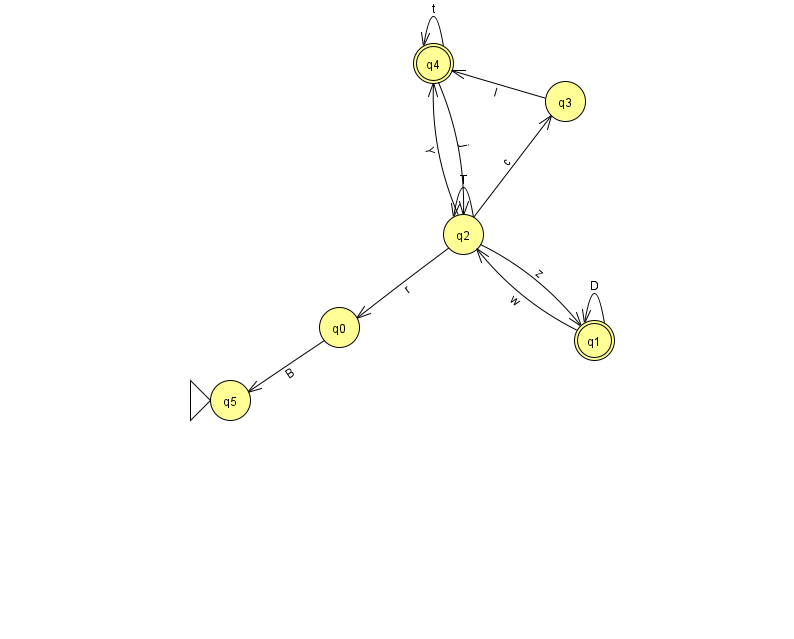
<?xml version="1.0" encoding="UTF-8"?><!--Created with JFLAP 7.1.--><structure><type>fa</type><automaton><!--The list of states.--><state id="0" name="q0"><x>339.0</x><y>314.0</y></state><state id="1" name="q1"><x>594.0</x><y>327.0</y><final/></state><state id="2" name="q2"><x>463.0</x><y>221.0</y></state><state id="3" name="q3"><x>565.0</x><y>88.0</y></state><state id="4" name="q4"><x>433.0</x><y>50.0</y><final/></state><state id="5" name="q5"><x>230.0</x><y>387.0</y><initial/></state><!--The list of transitions.--><transition><from>2</from><to>0</to><read>r</read></transition><transition><from>0</from><to>5</to><read>B</read></transition><transition><from>1</from><to>1</to><read>D</read></transition><transition><from>1</from><to>2</to><read>w</read></transition><transition><from>2</from><to>2</to><read>T</read></transition><transition><from>4</from><to>4</to><read>t</read></transition><transition><from>2</from><to>3</to><read>c</read></transition><transition><from>2</from><to>1</to><read>z</read></transition><transition><from>2</from><to>4</to><read>Y</read></transition><transition><from>3</from><to>4</to><read>l</read></transition><transition><from>4</from><to>2</to><read>j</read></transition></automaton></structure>